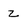
Character: Z